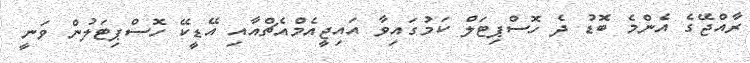
ރާއްޖޭގެ އެންމެ ބޮޑު ދެ ހޮސްޕިޓަލް ކަމުގައިވާ އައިޖީއެމްއެޗްއާއި އޭޑީކޭ ހޮސްޕިޓަލުން ވަނީ